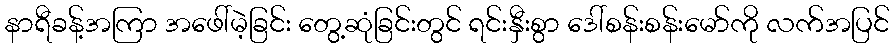
နာရီခန့်အကြာ အဖေါ်မဲ့ခြင်း တွေ့ဆုံခြင်းတွင် ရင်းနှီးစွာ ဒေါ်စန်းစန်းမော်ကို လက်အပြင်